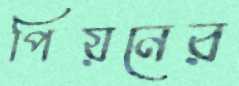
পিয়নের